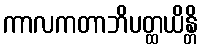
ကာလကတာဘိပတ္ထယိန္တိ